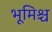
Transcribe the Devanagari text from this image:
भूमिश्च